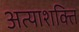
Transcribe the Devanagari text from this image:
अत्याशक्ति